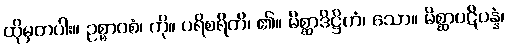
ထိုမှတပါး။ ဥစ္စာဝစံ၊ ကို။ ပရိစရိတိ၊ ၏။ မိစ္ဆာဒိဋ္ဌိကံ၊ သော။ မိစ္ဆာပဋိပန္နံ၊